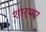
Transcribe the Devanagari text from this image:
शार्पए